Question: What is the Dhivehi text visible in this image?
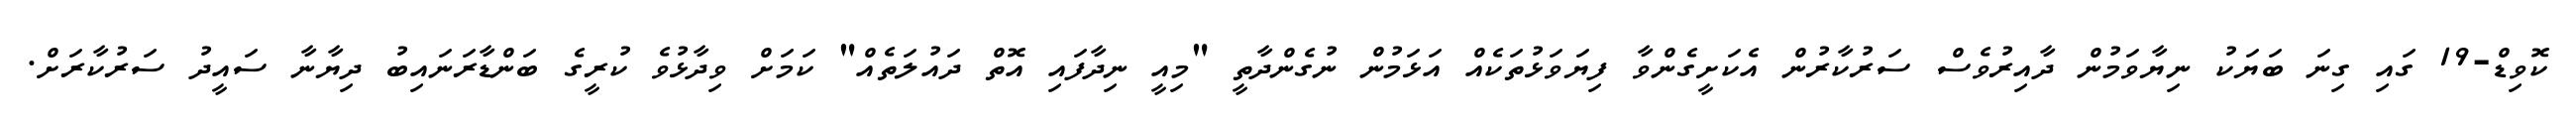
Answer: ކޮވިޑް-19 ގައި ގިނަ ބަޔަކު ނިޔާވަމުން ދާއިރުވެސް ސަރުކާރުން އެކަށީގެންވާ ފިޔަވަޅުތަކެއް އަޅަމުން ނުގެންދާތީ "މިއީ ނިދާފައި އޮތް ދައުލަތެއް" ކަމަށް ވިދާޅުވެ ކުރީގެ ބަންޑާރަނައިބު ދިޔާނާ ސައީދު ސަރުކާރަށް.